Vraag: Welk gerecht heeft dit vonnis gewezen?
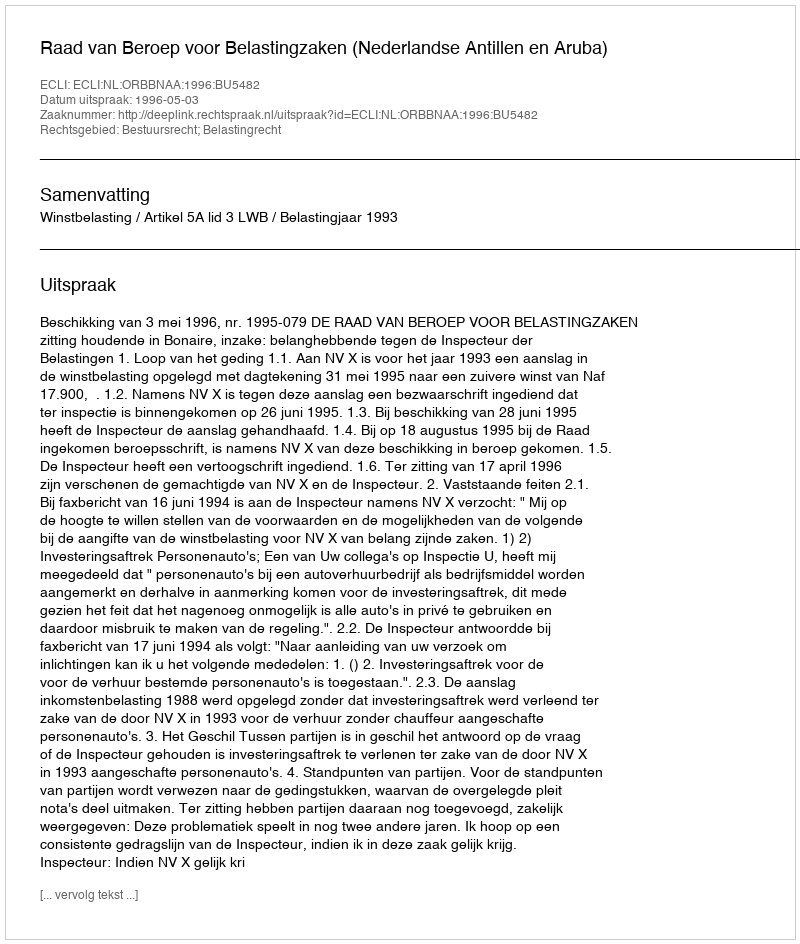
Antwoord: Raad van Beroep voor Belastingzaken (Nederlandse Antillen en Aruba)